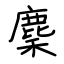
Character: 麇